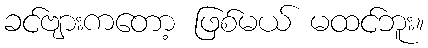
ခင်ဗျားကတော့ ဖြစ်မယ် မထင်ဘူး။